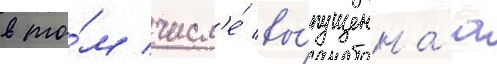
в то́м числ'е́ вы́пущеннаа